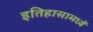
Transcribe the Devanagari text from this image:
इतिहासामध्यें